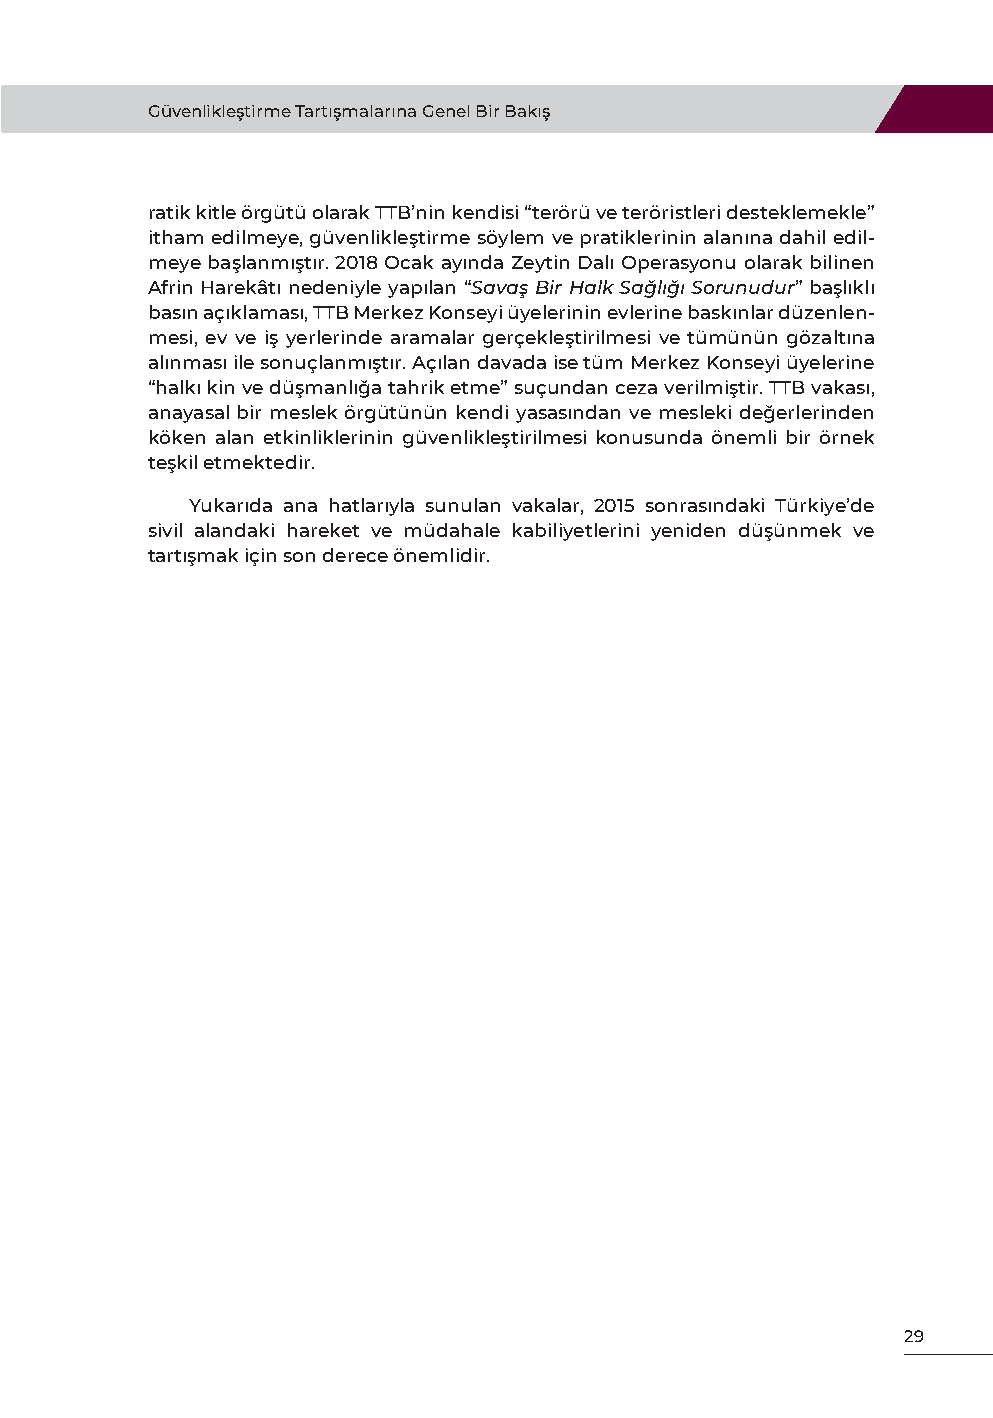
Güvenlikleştirme Tartışmalarına Genel Bir Bakış
 ratik kitle örgütü olarak TTB’nin kendisi “terörü ve teröristleri desteklemekle”
 itham edilmeye, güvenlikleştirme söylem ve pratiklerinin alanına dahil edil-
 meye başlanmıştır. 2018 Ocak ayında Zeytin Dalı Operasyonu olarak bilinen
 Afrin Harekâtı nedeniyle yapılan “Savaş Bir Halk Sağlığı Sorunudur” başlıklı
 basın açıklaması, TTB Merkez Konseyi üyelerinin evlerine baskınlar düzenlen-
 mesi, ev ve iş yerlerinde aramalar gerçekleştirilmesi ve tümünün gözaltına
 alınması ile sonuçlanmıştır. Açılan davada ise tüm Merkez Konseyi üyelerine
 “halkı kin ve düşmanlığa tahrik etme” suçundan ceza verilmiştir. TTB vakası,
 anayasal bir meslek örgütünün kendi yasasından ve mesleki değerlerinden
 köken alan etkinliklerinin güvenlikleştirilmesi konusunda önemli bir örnek
 teşkil etmektedir.
 Yukarıda ana hatlarıyla sunulan vakalar, 2015 sonrasındaki Türkiye’de
 sivil alandaki hareket ve müdahale kabiliyetlerini yeniden düşünmek ve
 tartışmak için son derece önemlidir.
 29